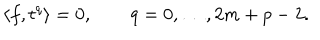
\langle f , t ^ { q } \rangle = 0 , \qquad q = 0 , \dots , 2 m + p - 2 .